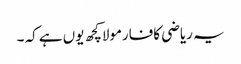
یہ ریاضی کافارمولاکچھ یوں ہے کہ ۔